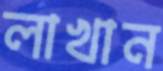
লাখান